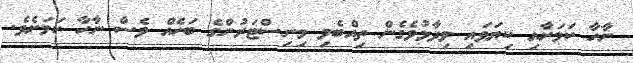
ނާހާ ކަމަށާއި ކިޔަވައި ވިދާޅުވެގެން ތިއްބެވި މިނިސްޓަރުންގެ ބަހެއް ވެސް ނާހާ ކަމަށެވެ.